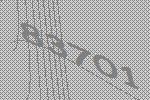
83701